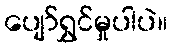
ပျော်ရွှင်မှုပါပဲ။